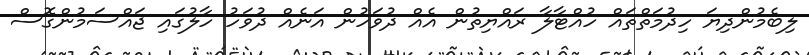
ލިބެމުންދިޔަ ހިދުމަތްތައް ހުއްޓާލާ ރައްޔިތުން އެއް ދުވަހުން އަނެއް ދުވަހު ހާލުގައި ޖައްސަމުންގޮސް